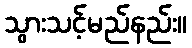
သွားသင့်မည်နည်း။